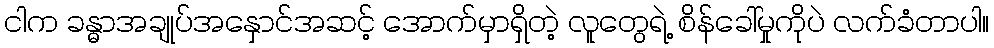
ငါက ခန္ဓာအချုပ်အနှောင်အဆင့် အောက်မှာရှိတဲ့ လူတွေရဲ့ စိန်ခေါ်မှုကိုပဲ လက်ခံတာပါ။